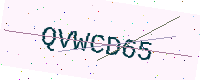
Text: QVWCD65